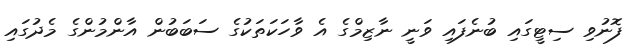
ފޮނުވި ސިޓީގައި ބުނެފައި ވަނީ ނާޒިމްގެ އެ ވާހަކަތަކުގެ ސަބަބުން އާންމުންގެ މެދުގައި